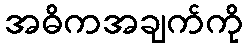
အဓိကအချက်ကို